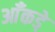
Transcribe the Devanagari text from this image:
आँकडे़